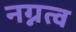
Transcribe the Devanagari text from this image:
नग्नत्व